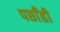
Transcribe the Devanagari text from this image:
पछाँही